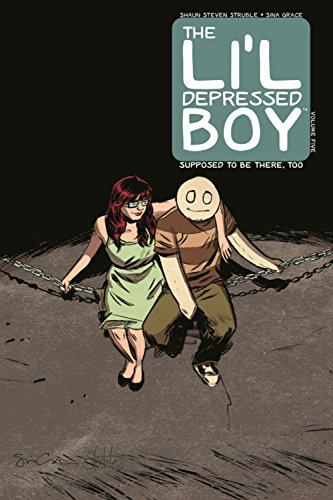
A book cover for The Li'l Depressed Boy Volume 5 (Lil Depressed Boy Tp); S. Steven Struble; Comics & Graphic Novels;